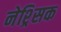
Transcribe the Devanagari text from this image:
नेश्र्सिक